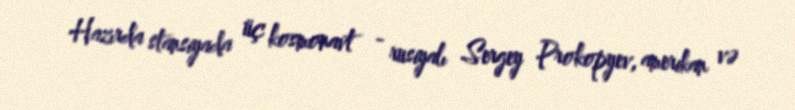
Hazırda stansiyada üç kosmonavt - rusiyalı Sergey Prokopyev, amerikan və